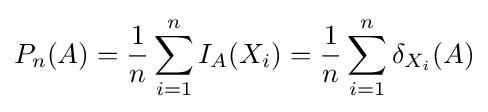
P_{n}(A)={1 \over n}\sum _{i=1}^{n}I_{A}(X_{i})={\frac {1}{n}}\sum _{i=1}^{n}\delta _{X_{i}}(A)